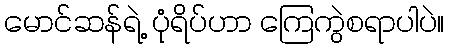
မောင်ဆန်ရဲ့ ပုံရိပ်ဟာ ကြေကွဲစရာပါပဲ။